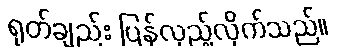
ရုတ်ချည်း ပြန်လှည့်လိုက်သည်။